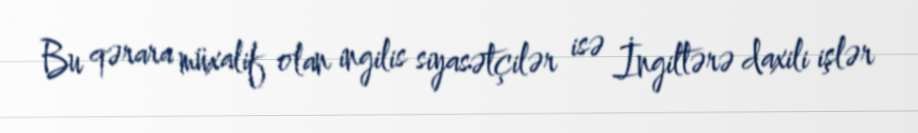
Bu qərara müxalif olan ingilis siyasətçilər isə İngiltərə daxili işlər